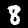
Digit: 8